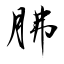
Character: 胇